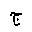
Letter: _gim